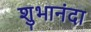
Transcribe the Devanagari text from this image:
शुभानंदा